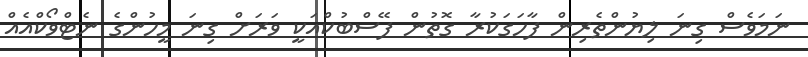
ނަމަވެސް ގިނަ ލިޔުންތެރިން ފާހަގަކުރާ ގޮތުން ފޭސްބުކްއަކީ ވަރަށް ގިނަ މީހުންގެ ނެޓްވޯކްއެއް